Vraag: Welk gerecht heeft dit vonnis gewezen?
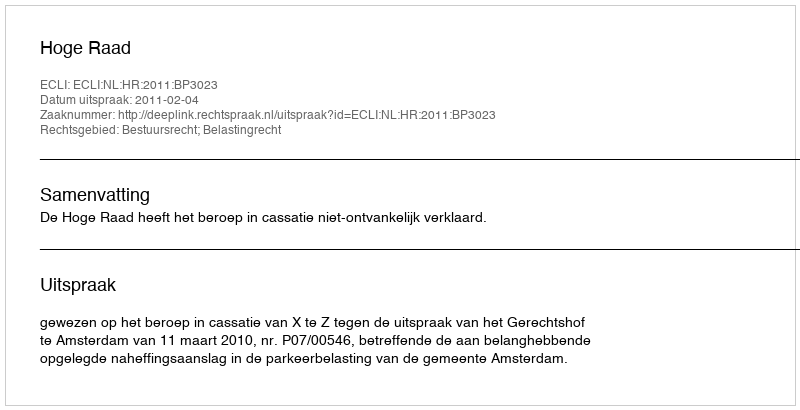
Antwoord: Hoge Raad